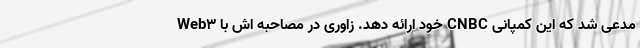
Web3 خود ارائه دهد. زاوری در مصاحبه اش با CNBC مدعی شد که این کمپانی